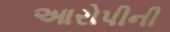
આરોપીની